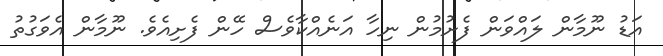
އަޑު ނޫމާން ލައްވަން ފެށުމުން ނިހާ އަނެއްކާވެސް ހޭން ފެށިއެވެ. ނޫމާން އެވަގުތު